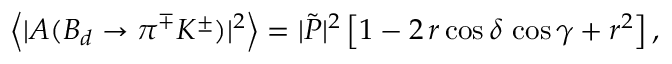
\left\langle | A ( B _ { d } \to \pi ^ { \mp } K ^ { \pm } ) | ^ { 2 } \right\rangle = | \tilde { P } | ^ { 2 } \left[ 1 - 2 \, r \cos \delta \, \cos \gamma + r ^ { 2 } \right] ,